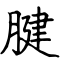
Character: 腱